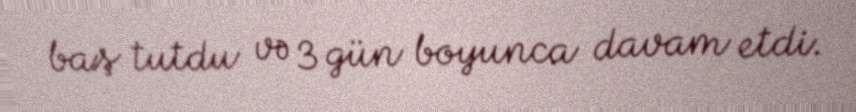
baş tutdu və 3 gün boyunca davam etdi.